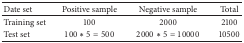
<table><thead><tr><td><b>Date set</b></td><td><b>Positive sample</b></td><td><b>Negative sample</b></td><td><b>Total</b></td></tr></thead><tbody><tr><td>Training set</td><td>100</td><td>2000</td><td>2100</td></tr><tr><td>Test set</td><td>100<i>∗</i>5 = 500</td><td>2000<i>∗</i>5 = 10000</td><td>10500</td></tr></tbody></table>